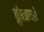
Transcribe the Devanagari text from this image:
चुंबकनों